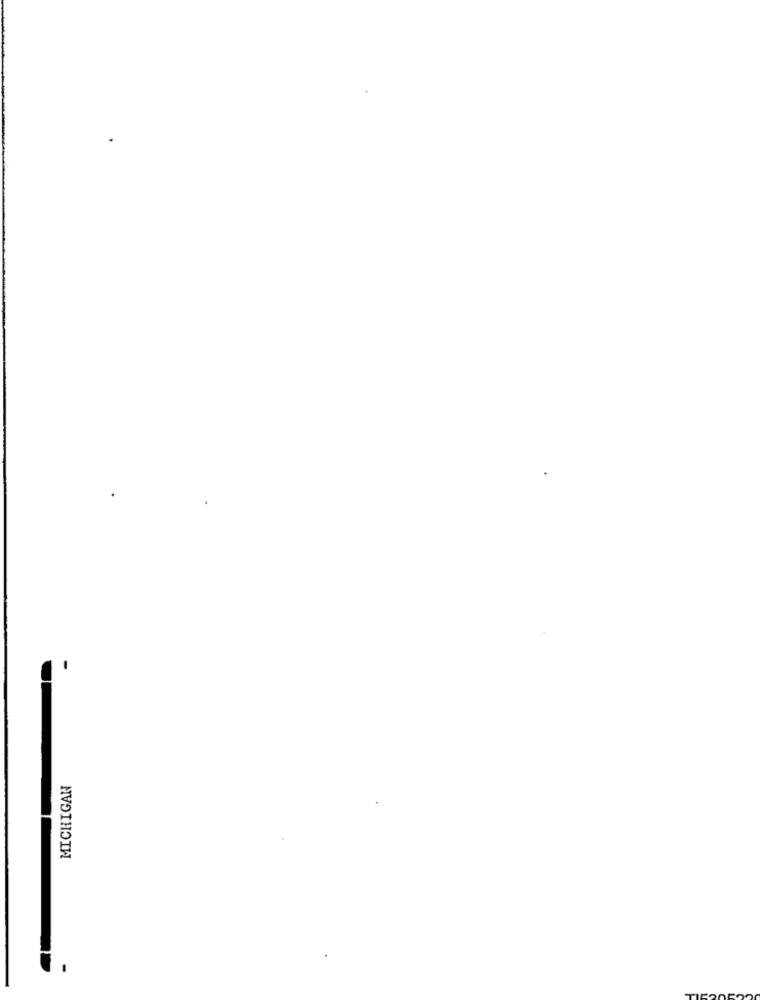
MICHIGAN